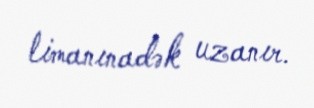
limanınadək uzanır.